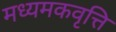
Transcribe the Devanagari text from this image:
मध्यमकवृत्ति